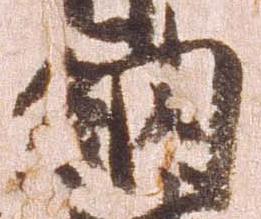
納